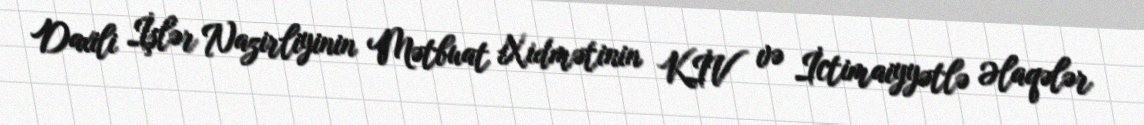
Daxili İşlər Nazirliyinin Mətbuat Xidmətinin KİV və İctimaiyyətlə Əlaqələr